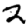
Digit: 2